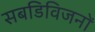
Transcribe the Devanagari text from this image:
सबडिविजनों